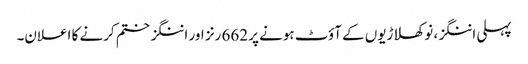
پہلی اننگز، نو کھلاڑیوں کے آؤٹ ہونے پر 662 رنز اور اننگز ختم کرنے کا اعلان۔